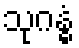
သုဂန္ဓံ